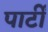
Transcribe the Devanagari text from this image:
पार्टीं